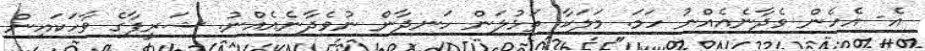
އެ- އެހެން ވެދާނެއެއްނު ހަމަ. މަލަކާ ތަޅުލަން ހަނދާން ނުވެދާނެއެއްނު. ޝަރީފާގެ ވާހަކައިން